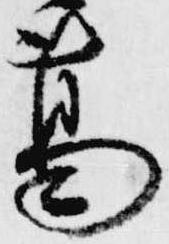
葛